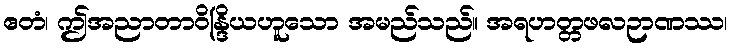
ဧတံ၊ ဤအညာတာဝိန္ဒြိယဟူသော အမည်သည်။ အရဟတ္တဖလဉာဏဿ၊